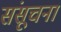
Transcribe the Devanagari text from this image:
संसूचना